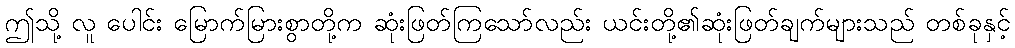
ဤသို့ လူ ပေါင်း မြောက်မြားစွာတို့က ဆုံးဖြတ်ကြသော်လည်း ယင်းတို့၏ဆုံးဖြတ်ချက်များသည် တစ်ခုနှင့်